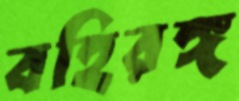
বহিরঙ্গ